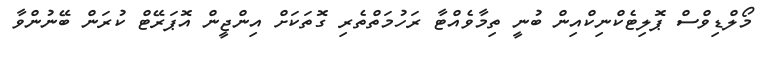
މޯލްޑިވްސް ޕޮލިޓެކްނިކްއިން ބުނީ ތިމާވެއްޓާ ރަހުމަތްތެރި ގޮތަކަށް އިންޖީން އޮޕަރޭޓް ކުރަން ބޭނުންވާ